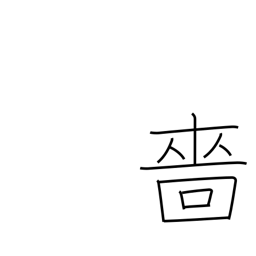
Meaning: miserly